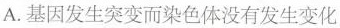
A.基因发生突变而染色体没有发生变化